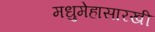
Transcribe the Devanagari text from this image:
मधुमेहासारखी